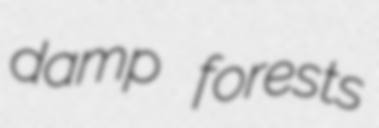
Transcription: damp forests